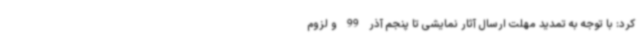
کرد: با توجه به تمدید مهلت ارسال آثار نمایشی تا پنجم آذر 99 و لزوم